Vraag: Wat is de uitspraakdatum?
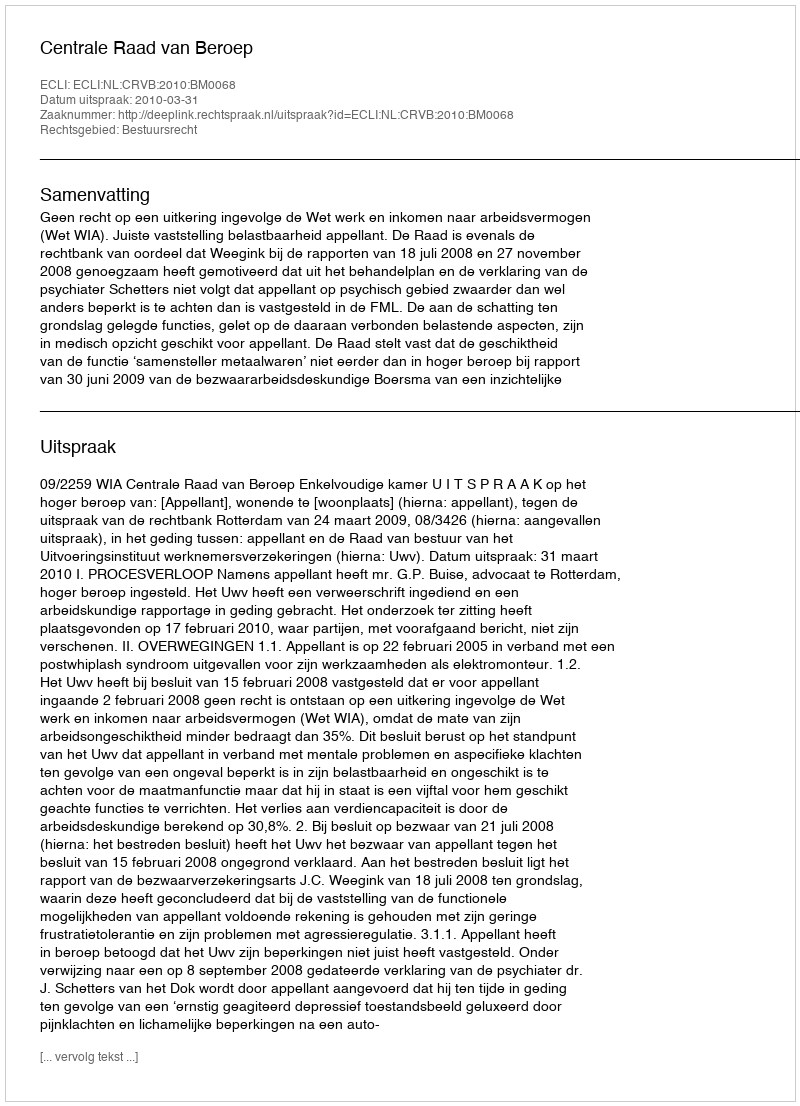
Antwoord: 2010-03-31